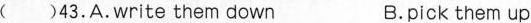
( )43.A.Write them down B.pick them up